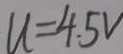
u = 4 . 5 V